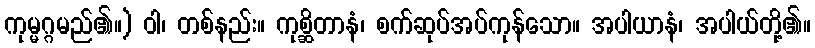
ကုမ္မဂ္ဂမည်၏။) ဝါ၊ တစ်နည်း။ ကုစ္ဆိတာနံ၊ စက်ဆုပ်အပ်ကုန်သော။ အပါယာနံ၊ အပါယ်တို့၏။